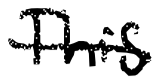
Text: This
Cross-out: single-line
Writing tool: digital_black